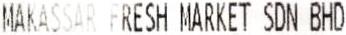
MAKASSAR FRESH MARKET SDN BHD